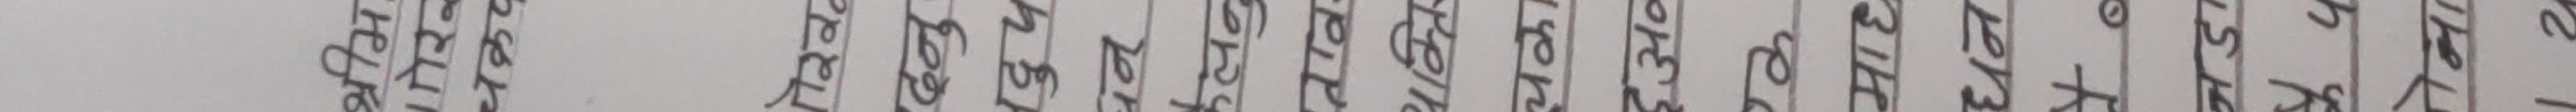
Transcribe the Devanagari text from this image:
श्रीम
चक्रप
ढ्नु
दुष
कैलनु
ताव
पक्ति
चका
अन
हर
माह
धन
जडा
24
रोना
12